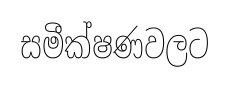
සමීක්ෂණවලට